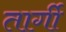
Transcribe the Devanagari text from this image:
तार्गी